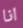
انا